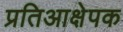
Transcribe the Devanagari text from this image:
प्रतिआक्षेपक